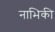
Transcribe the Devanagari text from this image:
नाभिकी